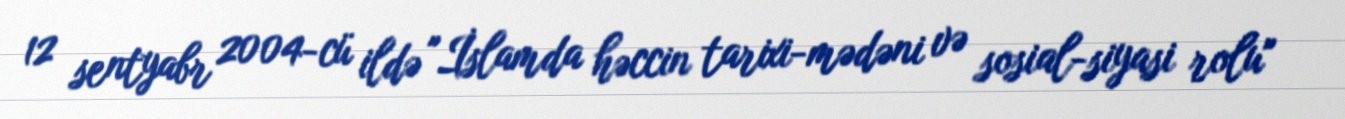
12 sentyabr 2004-cü ildə "İslamda həccin tarixi-mədəni və sosial-siyasi rolu"